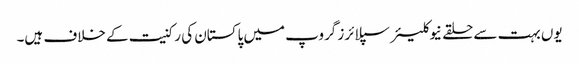
یوں بہت سے حلقے نیوکلیئر سپلائرز گروپ میں پاکستان کی رکنیت کے خلاف ہیں۔